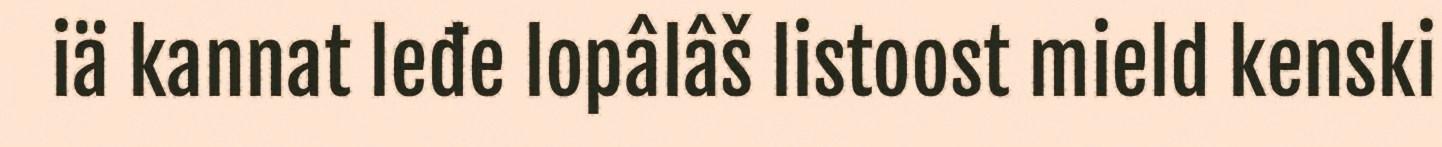
iä kannat leđe lopâlâš listoost mield kenski